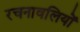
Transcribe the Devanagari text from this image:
रचनावलियों